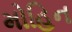
મોહિન